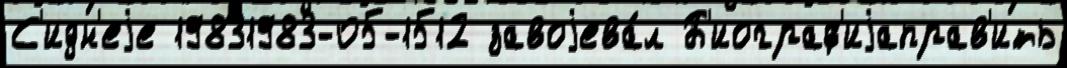
С'идн'еjе 19831983-05-1512 завоjева́л Б'иограф'иjаправ'ить